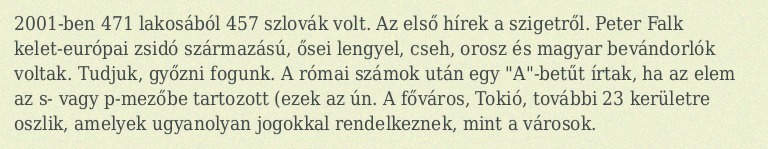
2001-ben 471 lakosából 457 szlovák volt. Az első hírek a szigetről. Peter Falk kelet-európai zsidó származású, ősei lengyel, cseh, orosz és magyar bevándorlók voltak. Tudjuk, győzni fogunk. A római számok után egy "A"-betűt írtak, ha az elem az s- vagy p-mezőbe tartozott (ezek az ún. A főváros, Tokió, további 23 kerületre oszlik, amelyek ugyanolyan jogokkal rendelkeznek, mint a városok.